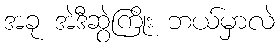
အခု အဲဒီဆွဲကြိုး ဘယ်မှာလဲ